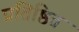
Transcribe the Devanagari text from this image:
प्रतिष्ठित